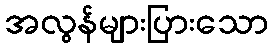
အလွန်များပြားသော